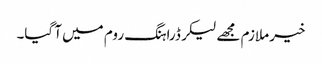
خیر ملازم مجھے لیکر ڈراہنگ روم میں آ گیا۔